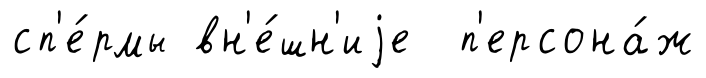
сп'е́рмы вн'е́шн'иjе п'ерсона́ж